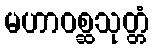
မဟာဝစ္ဆသုတ္တံ